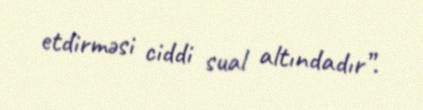
etdirməsi ciddi sual altındadır”.